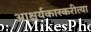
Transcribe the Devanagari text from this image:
आश्चर्यकारकरीत्या